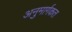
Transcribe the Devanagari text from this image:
अनुमार्गकत